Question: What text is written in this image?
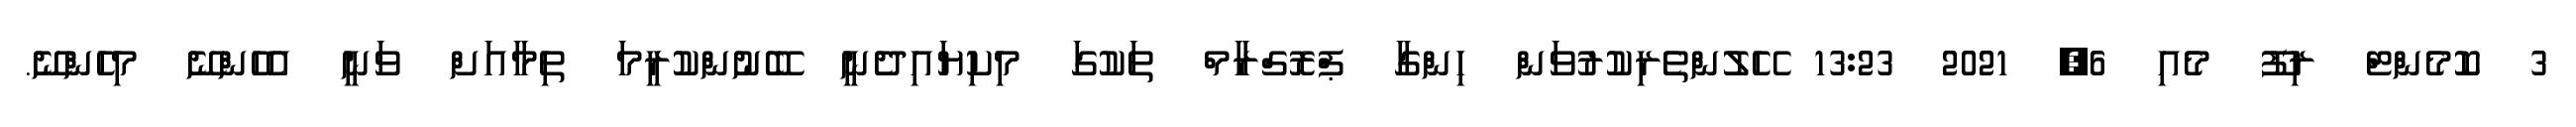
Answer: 3 ކޮމެންޓް ރިފޫ މެއި 6, 2021 13:23 ހޭލުންތެރިކުރުވަން ހިންގާ ޕްރޮގްރާމް ތަކުގަ މިކިޔައިދެނީ ބޭނުންކުރީމަ ތިމާއަށް ވަނީ އެހެންނޭ މިހެންނޭ.